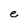
Character: e